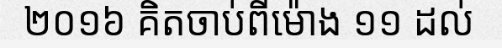
២០១៦ គិតចាប់ពីម៉ោង ១១ ដល់